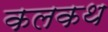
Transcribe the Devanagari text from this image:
कलकथ